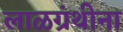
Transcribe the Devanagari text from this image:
लाळग्रंथीना